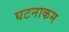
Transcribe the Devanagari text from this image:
घटनाकम